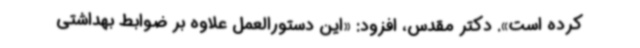
کرده است». دکتر مقدس، افزود: «این دستورالعمل علاوه بر ضوابط بهداشتی